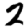
Digit: 2